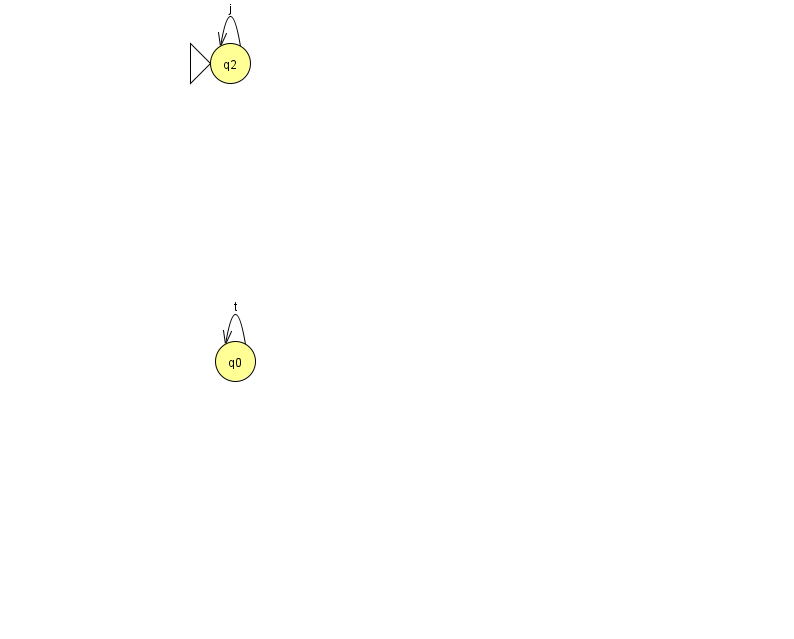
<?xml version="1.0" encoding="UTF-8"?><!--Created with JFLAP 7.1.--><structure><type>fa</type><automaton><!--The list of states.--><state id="0" name="q0"><x>235.0</x><y>348.0</y></state><state id="2" name="q2"><x>230.0</x><y>50.0</y><initial/></state><!--The list of transitions.--><transition><from>0</from><to>0</to><read>t</read></transition><transition><from>2</from><to>2</to><read>j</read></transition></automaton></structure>